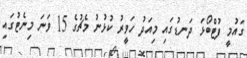
ގައުމީ ފުޓްބޯޅަ ދަނޑުގައި މިއަދު ހަވީރު ކުޅުނު މެޗުގެ 15 ވަނަ މިނެޓުގައި